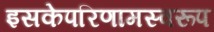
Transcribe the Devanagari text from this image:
इसकेपरिणामस्वरूप